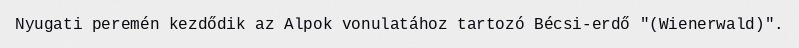
Nyugati peremén kezdődik az Alpok vonulatához tartozó Bécsi-erdő "(Wienerwald)".